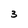
Character: 3